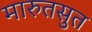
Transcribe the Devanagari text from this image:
मारुतसुत